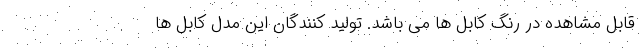
قابل مشاهده در رنگ کابل ها می باشد. تولید کنندگان این مدل کابل ها